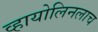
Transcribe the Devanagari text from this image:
व्हायोलिनलाच